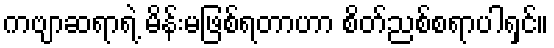
ကဗျာဆရာရဲ့ မိန်းမဖြစ်ရတာဟာ စိတ်ညစ်စရာပါရှင်။